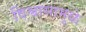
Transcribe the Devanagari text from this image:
विश्वासामुळे